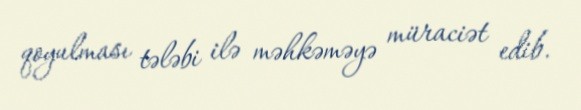
qoyulması tələbi ilə məhkəməyə müraciət edib.